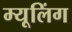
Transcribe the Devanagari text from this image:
म्यूलिंग